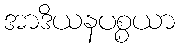
အာဒိယနပစ္စယာ